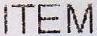
ITEM